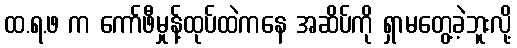
ထ.ရ.ဖ က ကော်ဖီမှုန့်ထုပ်ထဲကနေ အဆိပ်ကို ရှာမတွေ့ခဲ့ဘူးလို့